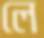
লে